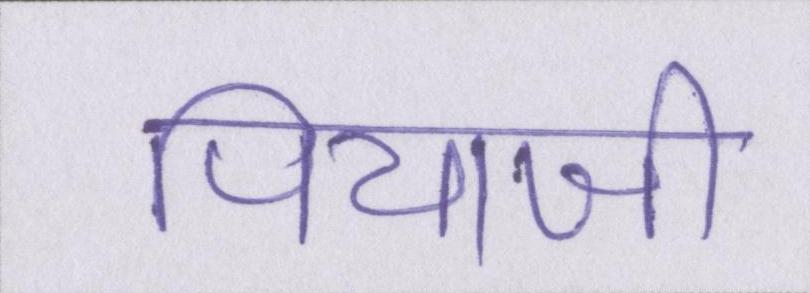
पियाजी